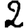
Digit: 2